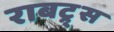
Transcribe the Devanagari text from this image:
राबट्र्स